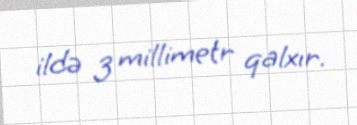
ildə 3 millimetr qalxır.